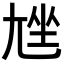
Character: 𡯨